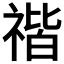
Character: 𥚺